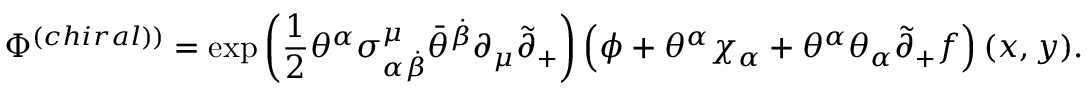
\Phi ^ { \left( c h i r a l ) \right) } = \exp \left( \frac 1 2 \theta ^ { \alpha } \sigma _ { \alpha \dot { \beta } } ^ { \mu } \bar { \theta } ^ { \dot { \beta } } \partial _ { \mu } \tilde { \partial } _ { + } \right) \left( \phi + \theta ^ { \alpha } \chi _ { \alpha } + \theta ^ { \alpha } \theta _ { \alpha } \tilde { \partial } _ { + } f \right) ( x , y ) .